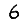
Digit: 6